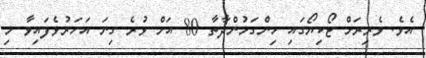
އެވެ. ވެރިރަށް ޓޯކިޔޯގައި ހިންގަމުންދާތާ 80 އަށް ވުރެ ގިނަ އަހަރުވެފައިވާ މި